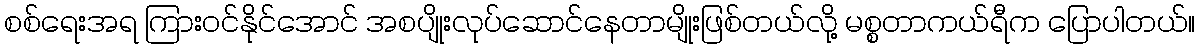
စစ်ရေးအရ ကြားဝင်နိုင်အောင် အစပျိုးလုပ်ဆောင်နေတာမျိုးဖြစ်တယ်လို့ မစ္စတာကယ်ရီက ပြောပါတယ်။